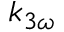
k _ { 3 \omega }